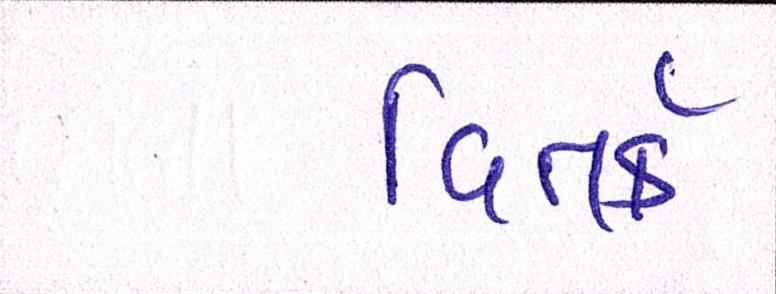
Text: વિતર્ક